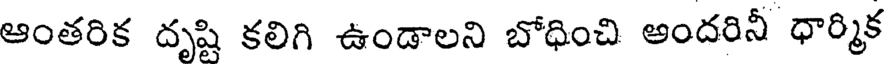
ఆంతరిక దృష్టి కలిగి ఉండాలని బోధించి అందరినీ ధార్మిక